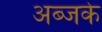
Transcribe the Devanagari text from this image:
अब्जके